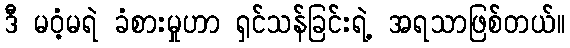
ဒီ မဝံ့မရဲ ခံစားမှုဟာ ရှင်သန်ခြင်းရဲ့ အရသာဖြစ်တယ်။